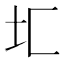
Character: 𰉖